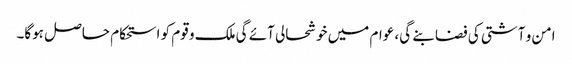
امن و آشتی کی فضا بنے گی، عوام میں خوشحالی آئے گی ملک و قوم کو استحکام حاصل ہوگا۔